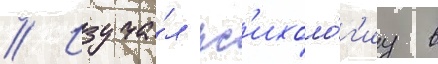
// Изуча́л пс'ихоло́г'иу в